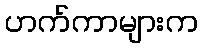
ဟက်ကာများက